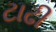
ટાઢી